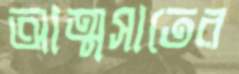
আত্মসাতের